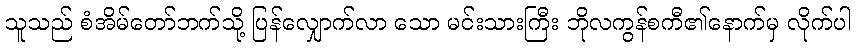
သူသည် စံအိမ်တော်ဘက်သို့ ပြန်လျှောက်လာ သော မင်းသားကြီး ဘိုလကွန်စကီ၏နောက်မှ လိုက်ပါ